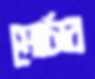
মোর্চার